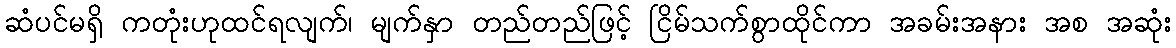
ဆံပင်မရှိ ကတုံးဟုထင်ရလျက်၊ မျက်နှာ တည်တည်ဖြင့် ငြိမ်သက်စွာထိုင်ကာ အခမ်းအနား အစ အဆုံး